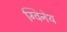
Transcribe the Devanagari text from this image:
ग्विनेथ